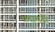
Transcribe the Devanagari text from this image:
प्रदायगी